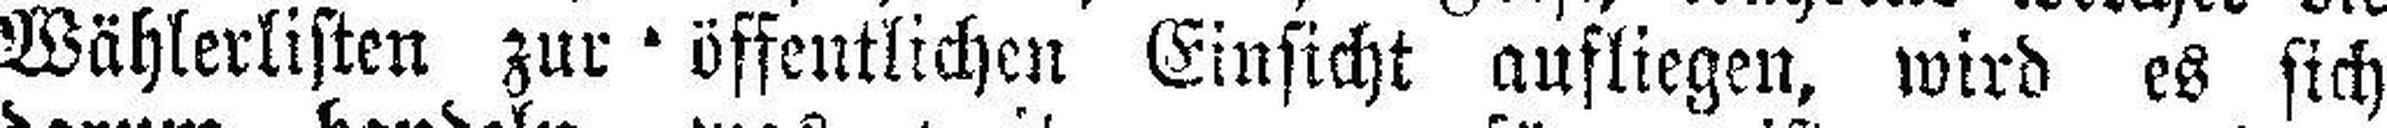
Wählerlisten zur öffentlichen Einsicht aufliegen, wird es sich